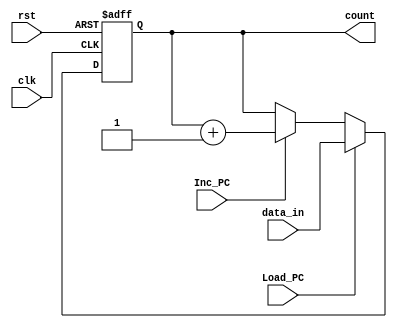
module Program_Counter (count, data_in, Load_PC, Inc_PC, clk, rst);
  parameter word_size = 8;
  output [word_size-1: 0] 	count					;
  input 	[word_size-1: 0] 	data_in				;
  input 							Load_PC, Inc_PC	;
  input 							clk, rst				;
  reg 	[word_size-1: 0]	count					;
  
  always @ (posedge clk or negedge rst)
    if (rst == 0) 
		count <= 0; 
	else if (Load_PC) 
		count <= data_in; 
	else if  (Inc_PC) 
		count <= count +1;
	 
endmodule